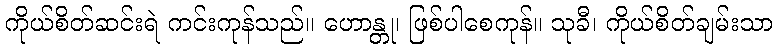
ကိုယ်စိတ်ဆင်းရဲ ကင်းကုန်သည်။ ဟောန္တု၊ ဖြစ်ပါစေကုန်။ သုခီ၊ ကိုယ်စိတ်ချမ်းသာ